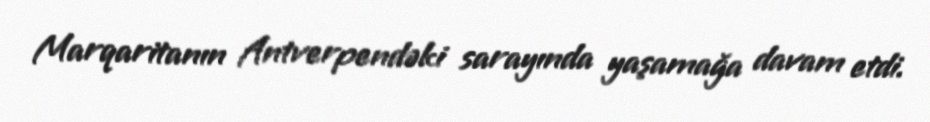
Marqaritanın Antverpendəki sarayında yaşamağa davam etdi.